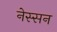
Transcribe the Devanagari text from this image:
नेस्‍सन